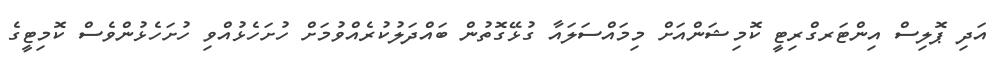
އަދި ޕޮލިސް އިންޓަރގްރިޓީ ކޮމިޝަންއަށް މިމައްސަލައާ ގުޅޭގޮތުން ބައްދަލުކުރެއްވުމަށް ހުށަހެޅުއްވި ހުށަހެޅުންވެސް ކޮމިޓީގެ